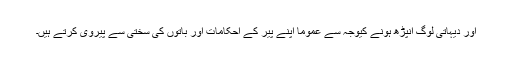
اور دیہاتی لوگ انپڑھ ہونے کیوجہ سے عموماٌ اپنے پیر کے احکامات اور باتوں کی سختی سے پیروی کرتے ہیں۔